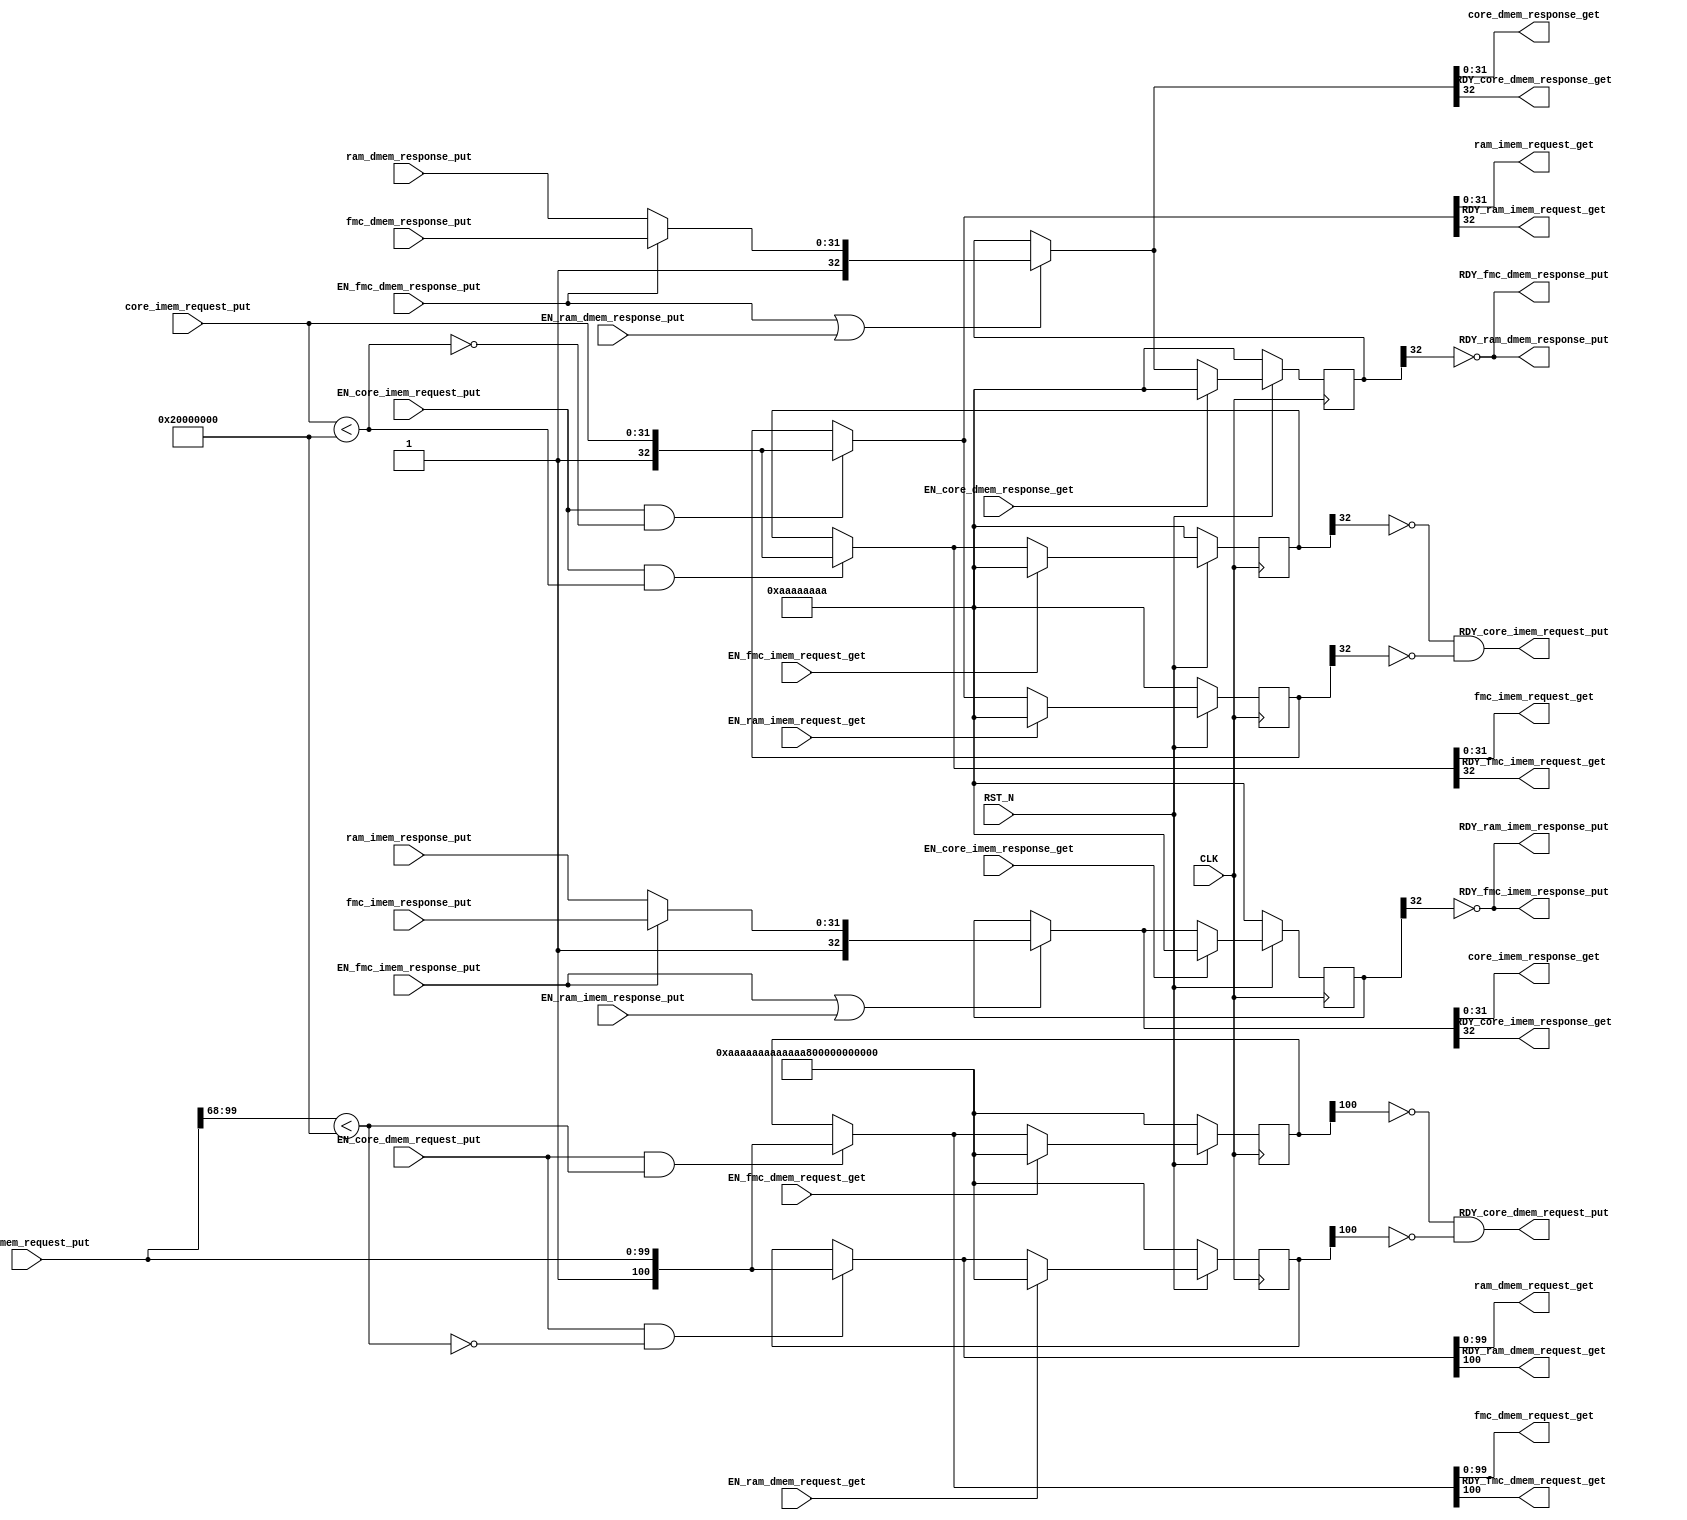
/* Generated by Yosys 0.15 (git sha1 yosys-0.15, gcc 10.3.0 -fPIC -Os) */

(* hdlname = "\\mkLanaiFrontend" *)
(* top =  1  *)
(* src = "bazel-out/k8-fastbuild/bin/lanai/frontend/LanaiFrontend/mkLanaiFrontend.v:93.1-503.10" *)
module mkLanaiFrontend(
`ifdef USE_POWER_PINS
    vccd1,
    vssd1,
`endif
    CLK, RST_N, core_imem_request_put, EN_core_imem_request_put, RDY_core_imem_request_put, EN_core_imem_response_get, core_imem_response_get, RDY_core_imem_response_get, core_dmem_request_put, EN_core_dmem_request_put, RDY_core_dmem_request_put, EN_core_dmem_response_get, core_dmem_response_get, RDY_core_dmem_response_get, EN_fmc_imem_request_get, fmc_imem_request_get, RDY_fmc_imem_request_get, fmc_imem_response_put, EN_fmc_imem_response_put, RDY_fmc_imem_response_put, EN_fmc_dmem_request_get
, fmc_dmem_request_get, RDY_fmc_dmem_request_get, fmc_dmem_response_put, EN_fmc_dmem_response_put, RDY_fmc_dmem_response_put, EN_ram_imem_request_get, ram_imem_request_get, RDY_ram_imem_request_get, ram_imem_response_put, EN_ram_imem_response_put, RDY_ram_imem_response_put, EN_ram_dmem_request_get, ram_dmem_request_get, RDY_ram_dmem_request_get, ram_dmem_response_put, EN_ram_dmem_response_put, RDY_ram_dmem_response_put);
`ifdef USE_POWER_PINS
    inout vccd1;
    inout vssd1;
`endif
  reg \$auto$verilog_backend.cc:2083:dump_module$41  = 0;
  (* src = "bazel-out/k8-fastbuild/bin/lanai/frontend/LanaiFrontend/mkLanaiFrontend.v:453.3-487.6" *)
  reg [100:0] _00_;
  (* src = "bazel-out/k8-fastbuild/bin/lanai/frontend/LanaiFrontend/mkLanaiFrontend.v:453.3-487.6" *)
  reg [100:0] _01_;
  (* src = "bazel-out/k8-fastbuild/bin/lanai/frontend/LanaiFrontend/mkLanaiFrontend.v:453.3-487.6" *)
  reg [32:0] _02_;
  (* src = "bazel-out/k8-fastbuild/bin/lanai/frontend/LanaiFrontend/mkLanaiFrontend.v:453.3-487.6" *)
  reg [32:0] _03_;
  (* src = "bazel-out/k8-fastbuild/bin/lanai/frontend/LanaiFrontend/mkLanaiFrontend.v:453.3-487.6" *)
  reg [32:0] _04_;
  (* src = "bazel-out/k8-fastbuild/bin/lanai/frontend/LanaiFrontend/mkLanaiFrontend.v:453.3-487.6" *)
  reg [32:0] _05_;
  (* src = "bazel-out/k8-fastbuild/bin/lanai/frontend/LanaiFrontend/mkLanaiFrontend.v:455.9-455.22" *)
  wire _06_;
  (* src = "bazel-out/k8-fastbuild/bin/lanai/frontend/LanaiFrontend/mkLanaiFrontend.v:291.7-291.65" *)
  wire _07_;
  (* src = "bazel-out/k8-fastbuild/bin/lanai/frontend/LanaiFrontend/mkLanaiFrontend.v:299.7-299.67" *)
  wire _08_;
  (* src = "bazel-out/k8-fastbuild/bin/lanai/frontend/LanaiFrontend/mkLanaiFrontend.v:345.7-346.48" *)
  wire _09_;
  (* src = "bazel-out/k8-fastbuild/bin/lanai/frontend/LanaiFrontend/mkLanaiFrontend.v:358.7-359.49" *)
  wire _10_;
  (* src = "bazel-out/k8-fastbuild/bin/lanai/frontend/LanaiFrontend/mkLanaiFrontend.v:383.7-384.63" *)
  wire _11_;
  (* src = "bazel-out/k8-fastbuild/bin/lanai/frontend/LanaiFrontend/mkLanaiFrontend.v:394.7-395.64" *)
  wire _12_;
  (* src = "bazel-out/k8-fastbuild/bin/lanai/frontend/LanaiFrontend/mkLanaiFrontend.v:291.7-291.34" *)
  wire _13_;
  (* src = "bazel-out/k8-fastbuild/bin/lanai/frontend/LanaiFrontend/mkLanaiFrontend.v:291.38-291.65" *)
  wire _14_;
  (* src = "bazel-out/k8-fastbuild/bin/lanai/frontend/LanaiFrontend/mkLanaiFrontend.v:299.7-299.35" *)
  wire _15_;
  (* src = "bazel-out/k8-fastbuild/bin/lanai/frontend/LanaiFrontend/mkLanaiFrontend.v:299.39-299.67" *)
  wire _16_;
  (* src = "bazel-out/k8-fastbuild/bin/lanai/frontend/LanaiFrontend/mkLanaiFrontend.v:310.38-310.62" *)
  wire _17_;
  (* src = "bazel-out/k8-fastbuild/bin/lanai/frontend/LanaiFrontend/mkLanaiFrontend.v:317.38-317.62" *)
  wire _18_;
  (* src = "bazel-out/k8-fastbuild/bin/lanai/frontend/LanaiFrontend/mkLanaiFrontend.v:324.38-324.62" *)
  wire _19_;
  (* src = "bazel-out/k8-fastbuild/bin/lanai/frontend/LanaiFrontend/mkLanaiFrontend.v:331.38-331.62" *)
  wire _20_;
  (* src = "bazel-out/k8-fastbuild/bin/lanai/frontend/LanaiFrontend/mkLanaiFrontend.v:359.7-359.49" *)
  wire _21_;
  (* src = "bazel-out/k8-fastbuild/bin/lanai/frontend/LanaiFrontend/mkLanaiFrontend.v:395.7-395.64" *)
  wire _22_;
  (* src = "bazel-out/k8-fastbuild/bin/lanai/frontend/LanaiFrontend/mkLanaiFrontend.v:369.7-369.59" *)
  wire _23_;
  (* src = "bazel-out/k8-fastbuild/bin/lanai/frontend/LanaiFrontend/mkLanaiFrontend.v:407.7-407.59" *)
  wire _24_;
  (* src = "bazel-out/k8-fastbuild/bin/lanai/frontend/LanaiFrontend/mkLanaiFrontend.v:447.7-447.50" *)
  wire _25_;
  (* src = "bazel-out/k8-fastbuild/bin/lanai/frontend/LanaiFrontend/mkLanaiFrontend.v:449.7-449.43" *)
  wire _26_;
  (* src = "bazel-out/k8-fastbuild/bin/lanai/frontend/LanaiFrontend/mkLanaiFrontend.v:350.7-352.31" *)
  wire [32:0] _27_;
  (* src = "bazel-out/k8-fastbuild/bin/lanai/frontend/LanaiFrontend/mkLanaiFrontend.v:354.7-356.43" *)
  wire [32:0] _28_;
  (* src = "bazel-out/k8-fastbuild/bin/lanai/frontend/LanaiFrontend/mkLanaiFrontend.v:361.7-363.31" *)
  wire [32:0] _29_;
  (* src = "bazel-out/k8-fastbuild/bin/lanai/frontend/LanaiFrontend/mkLanaiFrontend.v:365.7-367.43" *)
  wire [32:0] _30_;
  (* src = "bazel-out/k8-fastbuild/bin/lanai/frontend/LanaiFrontend/mkLanaiFrontend.v:371.7-373.54" *)
  wire [32:0] _31_;
  (* src = "bazel-out/k8-fastbuild/bin/lanai/frontend/LanaiFrontend/mkLanaiFrontend.v:375.7-377.28" *)
  wire [32:0] _32_;
  (* src = "bazel-out/k8-fastbuild/bin/lanai/frontend/LanaiFrontend/mkLanaiFrontend.v:379.7-381.40" *)
  wire [32:0] _33_;
  (* src = "bazel-out/k8-fastbuild/bin/lanai/frontend/LanaiFrontend/mkLanaiFrontend.v:386.7-388.31" *)
  wire [100:0] _34_;
  (* src = "bazel-out/k8-fastbuild/bin/lanai/frontend/LanaiFrontend/mkLanaiFrontend.v:390.7-392.43" *)
  wire [100:0] _35_;
  (* src = "bazel-out/k8-fastbuild/bin/lanai/frontend/LanaiFrontend/mkLanaiFrontend.v:399.7-401.31" *)
  wire [100:0] _36_;
  (* src = "bazel-out/k8-fastbuild/bin/lanai/frontend/LanaiFrontend/mkLanaiFrontend.v:403.7-405.43" *)
  wire [100:0] _37_;
  (* src = "bazel-out/k8-fastbuild/bin/lanai/frontend/LanaiFrontend/mkLanaiFrontend.v:409.7-411.54" *)
  wire [32:0] _38_;
  (* src = "bazel-out/k8-fastbuild/bin/lanai/frontend/LanaiFrontend/mkLanaiFrontend.v:413.7-415.28" *)
  wire [32:0] _39_;
  (* src = "bazel-out/k8-fastbuild/bin/lanai/frontend/LanaiFrontend/mkLanaiFrontend.v:417.7-419.40" *)
  wire [32:0] _40_;
  (* src = "bazel-out/k8-fastbuild/bin/lanai/frontend/LanaiFrontend/mkLanaiFrontend.v:143.10-143.13" *)
  input CLK;
  wire CLK;
  (* src = "bazel-out/k8-fastbuild/bin/lanai/frontend/LanaiFrontend/mkLanaiFrontend.v:158.10-158.34" *)
  input EN_core_dmem_request_put;
  wire EN_core_dmem_request_put;
  (* src = "bazel-out/k8-fastbuild/bin/lanai/frontend/LanaiFrontend/mkLanaiFrontend.v:162.10-162.35" *)
  input EN_core_dmem_response_get;
  wire EN_core_dmem_response_get;
  (* src = "bazel-out/k8-fastbuild/bin/lanai/frontend/LanaiFrontend/mkLanaiFrontend.v:148.10-148.34" *)
  input EN_core_imem_request_put;
  wire EN_core_imem_request_put;
  (* src = "bazel-out/k8-fastbuild/bin/lanai/frontend/LanaiFrontend/mkLanaiFrontend.v:152.10-152.35" *)
  input EN_core_imem_response_get;
  wire EN_core_imem_response_get;
  (* src = "bazel-out/k8-fastbuild/bin/lanai/frontend/LanaiFrontend/mkLanaiFrontend.v:177.10-177.33" *)
  input EN_fmc_dmem_request_get;
  wire EN_fmc_dmem_request_get;
  (* src = "bazel-out/k8-fastbuild/bin/lanai/frontend/LanaiFrontend/mkLanaiFrontend.v:183.10-183.34" *)
  input EN_fmc_dmem_response_put;
  wire EN_fmc_dmem_response_put;
  (* src = "bazel-out/k8-fastbuild/bin/lanai/frontend/LanaiFrontend/mkLanaiFrontend.v:167.10-167.33" *)
  input EN_fmc_imem_request_get;
  wire EN_fmc_imem_request_get;
  (* src = "bazel-out/k8-fastbuild/bin/lanai/frontend/LanaiFrontend/mkLanaiFrontend.v:173.10-173.34" *)
  input EN_fmc_imem_response_put;
  wire EN_fmc_imem_response_put;
  (* src = "bazel-out/k8-fastbuild/bin/lanai/frontend/LanaiFrontend/mkLanaiFrontend.v:197.10-197.33" *)
  input EN_ram_dmem_request_get;
  wire EN_ram_dmem_request_get;
  (* src = "bazel-out/k8-fastbuild/bin/lanai/frontend/LanaiFrontend/mkLanaiFrontend.v:203.10-203.34" *)
  input EN_ram_dmem_response_put;
  wire EN_ram_dmem_response_put;
  (* src = "bazel-out/k8-fastbuild/bin/lanai/frontend/LanaiFrontend/mkLanaiFrontend.v:187.10-187.33" *)
  input EN_ram_imem_request_get;
  wire EN_ram_imem_request_get;
  (* src = "bazel-out/k8-fastbuild/bin/lanai/frontend/LanaiFrontend/mkLanaiFrontend.v:193.10-193.34" *)
  input EN_ram_imem_response_put;
  wire EN_ram_imem_response_put;
  (* src = "bazel-out/k8-fastbuild/bin/lanai/frontend/LanaiFrontend/mkLanaiFrontend.v:280.17-280.62" *)
  wire [32:0] \MUX_forkDMem_fifoRes_rv$port0__write_1__VAL_1 ;
  (* src = "bazel-out/k8-fastbuild/bin/lanai/frontend/LanaiFrontend/mkLanaiFrontend.v:281.3-281.48" *)
  wire [32:0] \MUX_forkDMem_fifoRes_rv$port0__write_1__VAL_2 ;
  (* src = "bazel-out/k8-fastbuild/bin/lanai/frontend/LanaiFrontend/mkLanaiFrontend.v:282.3-282.48" *)
  wire [32:0] \MUX_forkIMem_fifoRes_rv$port0__write_1__VAL_1 ;
  (* src = "bazel-out/k8-fastbuild/bin/lanai/frontend/LanaiFrontend/mkLanaiFrontend.v:283.3-283.48" *)
  wire [32:0] \MUX_forkIMem_fifoRes_rv$port0__write_1__VAL_2 ;
  (* src = "bazel-out/k8-fastbuild/bin/lanai/frontend/LanaiFrontend/mkLanaiFrontend.v:159.10-159.35" *)
  output RDY_core_dmem_request_put;
  wire RDY_core_dmem_request_put;
  (* src = "bazel-out/k8-fastbuild/bin/lanai/frontend/LanaiFrontend/mkLanaiFrontend.v:164.10-164.36" *)
  output RDY_core_dmem_response_get;
  wire RDY_core_dmem_response_get;
  (* src = "bazel-out/k8-fastbuild/bin/lanai/frontend/LanaiFrontend/mkLanaiFrontend.v:149.10-149.35" *)
  output RDY_core_imem_request_put;
  wire RDY_core_imem_request_put;
  (* src = "bazel-out/k8-fastbuild/bin/lanai/frontend/LanaiFrontend/mkLanaiFrontend.v:154.10-154.36" *)
  output RDY_core_imem_response_get;
  wire RDY_core_imem_response_get;
  (* src = "bazel-out/k8-fastbuild/bin/lanai/frontend/LanaiFrontend/mkLanaiFrontend.v:179.10-179.34" *)
  output RDY_fmc_dmem_request_get;
  wire RDY_fmc_dmem_request_get;
  (* src = "bazel-out/k8-fastbuild/bin/lanai/frontend/LanaiFrontend/mkLanaiFrontend.v:184.10-184.35" *)
  output RDY_fmc_dmem_response_put;
  wire RDY_fmc_dmem_response_put;
  (* src = "bazel-out/k8-fastbuild/bin/lanai/frontend/LanaiFrontend/mkLanaiFrontend.v:169.10-169.34" *)
  output RDY_fmc_imem_request_get;
  wire RDY_fmc_imem_request_get;
  (* src = "bazel-out/k8-fastbuild/bin/lanai/frontend/LanaiFrontend/mkLanaiFrontend.v:174.10-174.35" *)
  output RDY_fmc_imem_response_put;
  wire RDY_fmc_imem_response_put;
  (* src = "bazel-out/k8-fastbuild/bin/lanai/frontend/LanaiFrontend/mkLanaiFrontend.v:199.10-199.34" *)
  output RDY_ram_dmem_request_get;
  wire RDY_ram_dmem_request_get;
  (* src = "bazel-out/k8-fastbuild/bin/lanai/frontend/LanaiFrontend/mkLanaiFrontend.v:204.10-204.35" *)
  output RDY_ram_dmem_response_put;
  wire RDY_ram_dmem_response_put;
  (* src = "bazel-out/k8-fastbuild/bin/lanai/frontend/LanaiFrontend/mkLanaiFrontend.v:189.10-189.34" *)
  output RDY_ram_imem_request_get;
  wire RDY_ram_imem_request_get;
  (* src = "bazel-out/k8-fastbuild/bin/lanai/frontend/LanaiFrontend/mkLanaiFrontend.v:194.10-194.35" *)
  output RDY_ram_imem_response_put;
  wire RDY_ram_imem_response_put;
  (* src = "bazel-out/k8-fastbuild/bin/lanai/frontend/LanaiFrontend/mkLanaiFrontend.v:144.10-144.15" *)
  input RST_N;
  wire RST_N;
  (* src = "bazel-out/k8-fastbuild/bin/lanai/frontend/LanaiFrontend/mkLanaiFrontend.v:157.19-157.40" *)
  input [99:0] core_dmem_request_put;
  wire [99:0] core_dmem_request_put;
  (* src = "bazel-out/k8-fastbuild/bin/lanai/frontend/LanaiFrontend/mkLanaiFrontend.v:286.8-286.64" *)
  wire core_dmem_request_put_BITS_99_TO_68_4_ULT_0x20_ETC___d15;
  (* src = "bazel-out/k8-fastbuild/bin/lanai/frontend/LanaiFrontend/mkLanaiFrontend.v:163.19-163.41" *)
  output [31:0] core_dmem_response_get;
  wire [31:0] core_dmem_response_get;
  (* src = "bazel-out/k8-fastbuild/bin/lanai/frontend/LanaiFrontend/mkLanaiFrontend.v:147.19-147.40" *)
  input [31:0] core_imem_request_put;
  wire [31:0] core_imem_request_put;
  (* src = "bazel-out/k8-fastbuild/bin/lanai/frontend/LanaiFrontend/mkLanaiFrontend.v:287.8-287.49" *)
  wire core_imem_request_put_ULT_0x20000000___d1;
  (* src = "bazel-out/k8-fastbuild/bin/lanai/frontend/LanaiFrontend/mkLanaiFrontend.v:153.19-153.41" *)
  output [31:0] core_imem_response_get;
  wire [31:0] core_imem_response_get;
  (* src = "bazel-out/k8-fastbuild/bin/lanai/frontend/LanaiFrontend/mkLanaiFrontend.v:178.19-178.39" *)
  output [99:0] fmc_dmem_request_get;
  wire [99:0] fmc_dmem_request_get;
  (* src = "bazel-out/k8-fastbuild/bin/lanai/frontend/LanaiFrontend/mkLanaiFrontend.v:182.19-182.40" *)
  input [31:0] fmc_dmem_response_put;
  wire [31:0] fmc_dmem_response_put;
  (* src = "bazel-out/k8-fastbuild/bin/lanai/frontend/LanaiFrontend/mkLanaiFrontend.v:168.19-168.39" *)
  output [31:0] fmc_imem_request_get;
  wire [31:0] fmc_imem_request_get;
  (* src = "bazel-out/k8-fastbuild/bin/lanai/frontend/LanaiFrontend/mkLanaiFrontend.v:172.19-172.40" *)
  input [31:0] fmc_imem_response_put;
  wire [31:0] fmc_imem_response_put;
  (* src = "bazel-out/k8-fastbuild/bin/lanai/frontend/LanaiFrontend/mkLanaiFrontend.v:250.17-250.39" *)
  reg [100:0] forkDMem_fifoReqFMC_rv;
  (* src = "bazel-out/k8-fastbuild/bin/lanai/frontend/LanaiFrontend/mkLanaiFrontend.v:251.18-251.45" *)
  wire [100:0] \forkDMem_fifoReqFMC_rv$D_IN ;
  (* src = "bazel-out/k8-fastbuild/bin/lanai/frontend/LanaiFrontend/mkLanaiFrontend.v:252.8-252.33" *)
  wire \forkDMem_fifoReqFMC_rv$EN ;
  (* src = "bazel-out/k8-fastbuild/bin/lanai/frontend/LanaiFrontend/mkLanaiFrontend.v:242.8-242.46" *)
  wire \forkDMem_fifoReqFMC_rv$EN_port0__write ;
  (* src = "bazel-out/k8-fastbuild/bin/lanai/frontend/LanaiFrontend/mkLanaiFrontend.v:226.18-226.52" *)
  wire [100:0] \forkDMem_fifoReqFMC_rv$port1__read ;
  (* src = "bazel-out/k8-fastbuild/bin/lanai/frontend/LanaiFrontend/mkLanaiFrontend.v:227.4-227.38" *)
  wire [100:0] \forkDMem_fifoReqFMC_rv$port2__read ;
  (* src = "bazel-out/k8-fastbuild/bin/lanai/frontend/LanaiFrontend/mkLanaiFrontend.v:255.17-255.39" *)
  reg [100:0] forkDMem_fifoReqRAM_rv;
  (* src = "bazel-out/k8-fastbuild/bin/lanai/frontend/LanaiFrontend/mkLanaiFrontend.v:256.18-256.45" *)
  wire [100:0] \forkDMem_fifoReqRAM_rv$D_IN ;
  (* src = "bazel-out/k8-fastbuild/bin/lanai/frontend/LanaiFrontend/mkLanaiFrontend.v:257.8-257.33" *)
  wire \forkDMem_fifoReqRAM_rv$EN ;
  (* src = "bazel-out/k8-fastbuild/bin/lanai/frontend/LanaiFrontend/mkLanaiFrontend.v:243.8-243.46" *)
  wire \forkDMem_fifoReqRAM_rv$EN_port0__write ;
  (* src = "bazel-out/k8-fastbuild/bin/lanai/frontend/LanaiFrontend/mkLanaiFrontend.v:228.4-228.41" *)
  wire [100:0] \forkDMem_fifoReqRAM_rv$port0__write_1 ;
  (* src = "bazel-out/k8-fastbuild/bin/lanai/frontend/LanaiFrontend/mkLanaiFrontend.v:229.4-229.38" *)
  wire [100:0] \forkDMem_fifoReqRAM_rv$port1__read ;
  (* src = "bazel-out/k8-fastbuild/bin/lanai/frontend/LanaiFrontend/mkLanaiFrontend.v:230.4-230.38" *)
  wire [100:0] \forkDMem_fifoReqRAM_rv$port2__read ;
  (* src = "bazel-out/k8-fastbuild/bin/lanai/frontend/LanaiFrontend/mkLanaiFrontend.v:260.16-260.35" *)
  reg [32:0] forkDMem_fifoRes_rv;
  (* src = "bazel-out/k8-fastbuild/bin/lanai/frontend/LanaiFrontend/mkLanaiFrontend.v:261.17-261.41" *)
  wire [32:0] \forkDMem_fifoRes_rv$D_IN ;
  (* src = "bazel-out/k8-fastbuild/bin/lanai/frontend/LanaiFrontend/mkLanaiFrontend.v:262.8-262.30" *)
  wire \forkDMem_fifoRes_rv$EN ;
  (* src = "bazel-out/k8-fastbuild/bin/lanai/frontend/LanaiFrontend/mkLanaiFrontend.v:244.8-244.43" *)
  wire \forkDMem_fifoRes_rv$EN_port0__write ;
  (* src = "bazel-out/k8-fastbuild/bin/lanai/frontend/LanaiFrontend/mkLanaiFrontend.v:231.17-231.51" *)
  wire [32:0] \forkDMem_fifoRes_rv$port0__write_1 ;
  (* src = "bazel-out/k8-fastbuild/bin/lanai/frontend/LanaiFrontend/mkLanaiFrontend.v:232.3-232.34" *)
  wire [32:0] \forkDMem_fifoRes_rv$port1__read ;
  (* src = "bazel-out/k8-fastbuild/bin/lanai/frontend/LanaiFrontend/mkLanaiFrontend.v:233.3-233.34" *)
  wire [32:0] \forkDMem_fifoRes_rv$port2__read ;
  (* src = "bazel-out/k8-fastbuild/bin/lanai/frontend/LanaiFrontend/mkLanaiFrontend.v:265.16-265.38" *)
  reg [32:0] forkIMem_fifoReqFMC_rv;
  (* src = "bazel-out/k8-fastbuild/bin/lanai/frontend/LanaiFrontend/mkLanaiFrontend.v:266.17-266.44" *)
  wire [32:0] \forkIMem_fifoReqFMC_rv$D_IN ;
  (* src = "bazel-out/k8-fastbuild/bin/lanai/frontend/LanaiFrontend/mkLanaiFrontend.v:267.8-267.33" *)
  wire \forkIMem_fifoReqFMC_rv$EN ;
  (* src = "bazel-out/k8-fastbuild/bin/lanai/frontend/LanaiFrontend/mkLanaiFrontend.v:245.8-245.46" *)
  wire \forkIMem_fifoReqFMC_rv$EN_port0__write ;
  (* src = "bazel-out/k8-fastbuild/bin/lanai/frontend/LanaiFrontend/mkLanaiFrontend.v:234.3-234.40" *)
  wire [32:0] \forkIMem_fifoReqFMC_rv$port0__write_1 ;
  (* src = "bazel-out/k8-fastbuild/bin/lanai/frontend/LanaiFrontend/mkLanaiFrontend.v:235.3-235.37" *)
  wire [32:0] \forkIMem_fifoReqFMC_rv$port1__read ;
  (* src = "bazel-out/k8-fastbuild/bin/lanai/frontend/LanaiFrontend/mkLanaiFrontend.v:236.3-236.37" *)
  wire [32:0] \forkIMem_fifoReqFMC_rv$port2__read ;
  (* src = "bazel-out/k8-fastbuild/bin/lanai/frontend/LanaiFrontend/mkLanaiFrontend.v:270.16-270.38" *)
  reg [32:0] forkIMem_fifoReqRAM_rv;
  (* src = "bazel-out/k8-fastbuild/bin/lanai/frontend/LanaiFrontend/mkLanaiFrontend.v:271.17-271.44" *)
  wire [32:0] \forkIMem_fifoReqRAM_rv$D_IN ;
  (* src = "bazel-out/k8-fastbuild/bin/lanai/frontend/LanaiFrontend/mkLanaiFrontend.v:272.8-272.33" *)
  wire \forkIMem_fifoReqRAM_rv$EN ;
  (* src = "bazel-out/k8-fastbuild/bin/lanai/frontend/LanaiFrontend/mkLanaiFrontend.v:246.8-246.46" *)
  wire \forkIMem_fifoReqRAM_rv$EN_port0__write ;
  (* src = "bazel-out/k8-fastbuild/bin/lanai/frontend/LanaiFrontend/mkLanaiFrontend.v:237.3-237.37" *)
  wire [32:0] \forkIMem_fifoReqRAM_rv$port1__read ;
  (* src = "bazel-out/k8-fastbuild/bin/lanai/frontend/LanaiFrontend/mkLanaiFrontend.v:238.3-238.37" *)
  wire [32:0] \forkIMem_fifoReqRAM_rv$port2__read ;
  (* src = "bazel-out/k8-fastbuild/bin/lanai/frontend/LanaiFrontend/mkLanaiFrontend.v:275.16-275.35" *)
  reg [32:0] forkIMem_fifoRes_rv;
  (* src = "bazel-out/k8-fastbuild/bin/lanai/frontend/LanaiFrontend/mkLanaiFrontend.v:276.17-276.41" *)
  wire [32:0] \forkIMem_fifoRes_rv$D_IN ;
  (* src = "bazel-out/k8-fastbuild/bin/lanai/frontend/LanaiFrontend/mkLanaiFrontend.v:277.8-277.30" *)
  wire \forkIMem_fifoRes_rv$EN ;
  (* src = "bazel-out/k8-fastbuild/bin/lanai/frontend/LanaiFrontend/mkLanaiFrontend.v:247.8-247.43" *)
  wire \forkIMem_fifoRes_rv$EN_port0__write ;
  (* src = "bazel-out/k8-fastbuild/bin/lanai/frontend/LanaiFrontend/mkLanaiFrontend.v:239.3-239.37" *)
  wire [32:0] \forkIMem_fifoRes_rv$port0__write_1 ;
  (* src = "bazel-out/k8-fastbuild/bin/lanai/frontend/LanaiFrontend/mkLanaiFrontend.v:240.3-240.34" *)
  wire [32:0] \forkIMem_fifoRes_rv$port1__read ;
  (* src = "bazel-out/k8-fastbuild/bin/lanai/frontend/LanaiFrontend/mkLanaiFrontend.v:241.3-241.34" *)
  wire [32:0] \forkIMem_fifoRes_rv$port2__read ;
  (* src = "bazel-out/k8-fastbuild/bin/lanai/frontend/LanaiFrontend/mkLanaiFrontend.v:198.19-198.39" *)
  output [99:0] ram_dmem_request_get;
  wire [99:0] ram_dmem_request_get;
  (* src = "bazel-out/k8-fastbuild/bin/lanai/frontend/LanaiFrontend/mkLanaiFrontend.v:202.19-202.40" *)
  input [31:0] ram_dmem_response_put;
  wire [31:0] ram_dmem_response_put;
  (* src = "bazel-out/k8-fastbuild/bin/lanai/frontend/LanaiFrontend/mkLanaiFrontend.v:188.19-188.39" *)
  output [31:0] ram_imem_request_get;
  wire [31:0] ram_imem_request_get;
  (* src = "bazel-out/k8-fastbuild/bin/lanai/frontend/LanaiFrontend/mkLanaiFrontend.v:192.19-192.40" *)
  input [31:0] ram_imem_response_put;
  wire [31:0] ram_imem_response_put;
  assign _06_ = RST_N == (* src = "bazel-out/k8-fastbuild/bin/lanai/frontend/LanaiFrontend/mkLanaiFrontend.v:455.9-455.22" *) 1'h0;
  assign _07_ = _13_ && (* src = "bazel-out/k8-fastbuild/bin/lanai/frontend/LanaiFrontend/mkLanaiFrontend.v:291.7-291.65" *) _14_;
  assign _08_ = _15_ && (* src = "bazel-out/k8-fastbuild/bin/lanai/frontend/LanaiFrontend/mkLanaiFrontend.v:299.7-299.67" *) _16_;
  assign _09_ = EN_core_imem_request_put && (* src = "bazel-out/k8-fastbuild/bin/lanai/frontend/LanaiFrontend/mkLanaiFrontend.v:345.7-346.48" *) core_imem_request_put_ULT_0x20000000___d1;
  assign _10_ = EN_core_imem_request_put && (* src = "bazel-out/k8-fastbuild/bin/lanai/frontend/LanaiFrontend/mkLanaiFrontend.v:358.7-359.49" *) _21_;
  assign _11_ = EN_core_dmem_request_put && (* src = "bazel-out/k8-fastbuild/bin/lanai/frontend/LanaiFrontend/mkLanaiFrontend.v:383.7-384.63" *) core_dmem_request_put_BITS_99_TO_68_4_ULT_0x20_ETC___d15;
  assign _12_ = EN_core_dmem_request_put && (* src = "bazel-out/k8-fastbuild/bin/lanai/frontend/LanaiFrontend/mkLanaiFrontend.v:394.7-395.64" *) _22_;
  assign _13_ = ! (* src = "bazel-out/k8-fastbuild/bin/lanai/frontend/LanaiFrontend/mkLanaiFrontend.v:291.7-291.34" *) forkIMem_fifoReqFMC_rv[32];
  assign _14_ = ! (* src = "bazel-out/k8-fastbuild/bin/lanai/frontend/LanaiFrontend/mkLanaiFrontend.v:291.38-291.65" *) forkIMem_fifoReqRAM_rv[32];
  assign _15_ = ! (* src = "bazel-out/k8-fastbuild/bin/lanai/frontend/LanaiFrontend/mkLanaiFrontend.v:299.7-299.35" *) forkDMem_fifoReqFMC_rv[100];
  assign _16_ = ! (* src = "bazel-out/k8-fastbuild/bin/lanai/frontend/LanaiFrontend/mkLanaiFrontend.v:299.39-299.67" *) forkDMem_fifoReqRAM_rv[100];
  assign _17_ = ! (* src = "bazel-out/k8-fastbuild/bin/lanai/frontend/LanaiFrontend/mkLanaiFrontend.v:310.38-310.62" *) forkIMem_fifoRes_rv[32];
  assign _18_ = ! (* src = "bazel-out/k8-fastbuild/bin/lanai/frontend/LanaiFrontend/mkLanaiFrontend.v:317.38-317.62" *) forkDMem_fifoRes_rv[32];
  assign _19_ = ! (* src = "bazel-out/k8-fastbuild/bin/lanai/frontend/LanaiFrontend/mkLanaiFrontend.v:324.38-324.62" *) forkIMem_fifoRes_rv[32];
  assign _20_ = ! (* src = "bazel-out/k8-fastbuild/bin/lanai/frontend/LanaiFrontend/mkLanaiFrontend.v:331.38-331.62" *) forkDMem_fifoRes_rv[32];
  assign _21_ = ! (* src = "bazel-out/k8-fastbuild/bin/lanai/frontend/LanaiFrontend/mkLanaiFrontend.v:359.7-359.49" *) core_imem_request_put_ULT_0x20000000___d1;
  assign _22_ = ! (* src = "bazel-out/k8-fastbuild/bin/lanai/frontend/LanaiFrontend/mkLanaiFrontend.v:395.7-395.64" *) core_dmem_request_put_BITS_99_TO_68_4_ULT_0x20_ETC___d15;
  assign _23_ = EN_fmc_imem_response_put || (* src = "bazel-out/k8-fastbuild/bin/lanai/frontend/LanaiFrontend/mkLanaiFrontend.v:369.7-369.59" *) EN_ram_imem_response_put;
  assign _24_ = EN_fmc_dmem_response_put || (* src = "bazel-out/k8-fastbuild/bin/lanai/frontend/LanaiFrontend/mkLanaiFrontend.v:407.7-407.59" *) EN_ram_dmem_response_put;
  assign _25_ = core_dmem_request_put[99:68] < (* src = "bazel-out/k8-fastbuild/bin/lanai/frontend/LanaiFrontend/mkLanaiFrontend.v:447.7-447.50" *) 32'd536870912;
  assign _26_ = core_imem_request_put < (* src = "bazel-out/k8-fastbuild/bin/lanai/frontend/LanaiFrontend/mkLanaiFrontend.v:449.7-449.43" *) 32'd536870912;
  assign _27_ = \forkIMem_fifoReqFMC_rv$EN_port0__write  ? (* src = "bazel-out/k8-fastbuild/bin/lanai/frontend/LanaiFrontend/mkLanaiFrontend.v:350.7-352.31" *) \forkIMem_fifoReqFMC_rv$port0__write_1  : forkIMem_fifoReqFMC_rv;
  assign _28_ = EN_fmc_imem_request_get ? (* src = "bazel-out/k8-fastbuild/bin/lanai/frontend/LanaiFrontend/mkLanaiFrontend.v:354.7-356.43" *) 33'h0aaaaaaaa : \forkIMem_fifoReqFMC_rv$port1__read ;
  assign _29_ = \forkIMem_fifoReqRAM_rv$EN_port0__write  ? (* src = "bazel-out/k8-fastbuild/bin/lanai/frontend/LanaiFrontend/mkLanaiFrontend.v:361.7-363.31" *) \forkIMem_fifoReqFMC_rv$port0__write_1  : forkIMem_fifoReqRAM_rv;
  assign _30_ = EN_ram_imem_request_get ? (* src = "bazel-out/k8-fastbuild/bin/lanai/frontend/LanaiFrontend/mkLanaiFrontend.v:365.7-367.43" *) 33'h0aaaaaaaa : \forkIMem_fifoReqRAM_rv$port1__read ;
  assign _31_ = EN_fmc_imem_response_put ? (* src = "bazel-out/k8-fastbuild/bin/lanai/frontend/LanaiFrontend/mkLanaiFrontend.v:371.7-373.54" *) \MUX_forkIMem_fifoRes_rv$port0__write_1__VAL_1  : \MUX_forkIMem_fifoRes_rv$port0__write_1__VAL_2 ;
  assign _32_ = \forkIMem_fifoRes_rv$EN_port0__write  ? (* src = "bazel-out/k8-fastbuild/bin/lanai/frontend/LanaiFrontend/mkLanaiFrontend.v:375.7-377.28" *) \forkIMem_fifoRes_rv$port0__write_1  : forkIMem_fifoRes_rv;
  assign _33_ = EN_core_imem_response_get ? (* src = "bazel-out/k8-fastbuild/bin/lanai/frontend/LanaiFrontend/mkLanaiFrontend.v:379.7-381.40" *) 33'h0aaaaaaaa : \forkIMem_fifoRes_rv$port1__read ;
  assign _34_ = \forkDMem_fifoReqFMC_rv$EN_port0__write  ? (* src = "bazel-out/k8-fastbuild/bin/lanai/frontend/LanaiFrontend/mkLanaiFrontend.v:386.7-388.31" *) \forkDMem_fifoReqRAM_rv$port0__write_1  : forkDMem_fifoReqFMC_rv;
  assign _35_ = EN_fmc_dmem_request_get ? (* src = "bazel-out/k8-fastbuild/bin/lanai/frontend/LanaiFrontend/mkLanaiFrontend.v:390.7-392.43" *) 101'h0aaaaaaaaaaaaaaaaaaaaaaaaa : \forkDMem_fifoReqFMC_rv$port1__read ;
  assign _36_ = \forkDMem_fifoReqRAM_rv$EN_port0__write  ? (* src = "bazel-out/k8-fastbuild/bin/lanai/frontend/LanaiFrontend/mkLanaiFrontend.v:399.7-401.31" *) \forkDMem_fifoReqRAM_rv$port0__write_1  : forkDMem_fifoReqRAM_rv;
  assign _37_ = EN_ram_dmem_request_get ? (* src = "bazel-out/k8-fastbuild/bin/lanai/frontend/LanaiFrontend/mkLanaiFrontend.v:403.7-405.43" *) 101'h0aaaaaaaaaaaaaaaaaaaaaaaaa : \forkDMem_fifoReqRAM_rv$port1__read ;
  assign _38_ = EN_fmc_dmem_response_put ? (* src = "bazel-out/k8-fastbuild/bin/lanai/frontend/LanaiFrontend/mkLanaiFrontend.v:409.7-411.54" *) \MUX_forkDMem_fifoRes_rv$port0__write_1__VAL_1  : \MUX_forkDMem_fifoRes_rv$port0__write_1__VAL_2 ;
  assign _39_ = \forkDMem_fifoRes_rv$EN_port0__write  ? (* src = "bazel-out/k8-fastbuild/bin/lanai/frontend/LanaiFrontend/mkLanaiFrontend.v:413.7-415.28" *) \forkDMem_fifoRes_rv$port0__write_1  : forkDMem_fifoRes_rv;
  assign _40_ = EN_core_dmem_response_get ? (* src = "bazel-out/k8-fastbuild/bin/lanai/frontend/LanaiFrontend/mkLanaiFrontend.v:417.7-419.40" *) 33'h0aaaaaaaa : \forkDMem_fifoRes_rv$port1__read ;
  always @* begin
    if (\$auto$verilog_backend.cc:2083:dump_module$41 ) begin end
    _00_ = forkDMem_fifoReqFMC_rv;
    _01_ = forkDMem_fifoReqRAM_rv;
    _02_ = forkDMem_fifoRes_rv;
    _03_ = forkIMem_fifoReqFMC_rv;
    _04_ = forkIMem_fifoReqRAM_rv;
    _05_ = forkIMem_fifoRes_rv;
    (* src = "bazel-out/k8-fastbuild/bin/lanai/frontend/LanaiFrontend/mkLanaiFrontend.v:455.5-486.10" *)
    casez (_06_)
      /* src = "bazel-out/k8-fastbuild/bin/lanai/frontend/LanaiFrontend/mkLanaiFrontend.v:455.9-455.22" */
      1'h1:
        begin
          _00_ = 101'h0aaaaaaaaaaaaaaaaaaaaaaaaa;
          _01_ = 101'h0aaaaaaaaaaaaaaaaaaaaaaaaa;
          _02_ = 33'h0aaaaaaaa;
          _03_ = 33'h0aaaaaaaa;
          _04_ = 33'h0aaaaaaaa;
          _05_ = 33'h0aaaaaaaa;
        end
      /* src = "bazel-out/k8-fastbuild/bin/lanai/frontend/LanaiFrontend/mkLanaiFrontend.v:466.5-466.9" */
      default:
        begin
          (* src = "bazel-out/k8-fastbuild/bin/lanai/frontend/LanaiFrontend/mkLanaiFrontend.v:468.9-470.36" *)
          casez (\forkDMem_fifoReqFMC_rv$EN )
            /* src = "bazel-out/k8-fastbuild/bin/lanai/frontend/LanaiFrontend/mkLanaiFrontend.v:468.13-468.38" */
            1'h1:
                _00_ = \forkDMem_fifoReqFMC_rv$D_IN ;
            default:
                /* empty */;
          endcase
          (* src = "bazel-out/k8-fastbuild/bin/lanai/frontend/LanaiFrontend/mkLanaiFrontend.v:471.2-473.36" *)
          casez (\forkDMem_fifoReqRAM_rv$EN )
            /* src = "bazel-out/k8-fastbuild/bin/lanai/frontend/LanaiFrontend/mkLanaiFrontend.v:471.6-471.31" */
            1'h1:
                _01_ = \forkDMem_fifoReqRAM_rv$D_IN ;
            default:
                /* empty */;
          endcase
          (* src = "bazel-out/k8-fastbuild/bin/lanai/frontend/LanaiFrontend/mkLanaiFrontend.v:474.2-476.33" *)
          casez (\forkDMem_fifoRes_rv$EN )
            /* src = "bazel-out/k8-fastbuild/bin/lanai/frontend/LanaiFrontend/mkLanaiFrontend.v:474.6-474.28" */
            1'h1:
                _02_ = \forkDMem_fifoRes_rv$D_IN ;
            default:
                /* empty */;
          endcase
          (* src = "bazel-out/k8-fastbuild/bin/lanai/frontend/LanaiFrontend/mkLanaiFrontend.v:477.2-479.36" *)
          casez (\forkIMem_fifoReqFMC_rv$EN )
            /* src = "bazel-out/k8-fastbuild/bin/lanai/frontend/LanaiFrontend/mkLanaiFrontend.v:477.6-477.31" */
            1'h1:
                _03_ = \forkIMem_fifoReqFMC_rv$D_IN ;
            default:
                /* empty */;
          endcase
          (* src = "bazel-out/k8-fastbuild/bin/lanai/frontend/LanaiFrontend/mkLanaiFrontend.v:480.2-482.36" *)
          casez (\forkIMem_fifoReqRAM_rv$EN )
            /* src = "bazel-out/k8-fastbuild/bin/lanai/frontend/LanaiFrontend/mkLanaiFrontend.v:480.6-480.31" */
            1'h1:
                _04_ = \forkIMem_fifoReqRAM_rv$D_IN ;
            default:
                /* empty */;
          endcase
          (* src = "bazel-out/k8-fastbuild/bin/lanai/frontend/LanaiFrontend/mkLanaiFrontend.v:483.2-485.33" *)
          casez (\forkIMem_fifoRes_rv$EN )
            /* src = "bazel-out/k8-fastbuild/bin/lanai/frontend/LanaiFrontend/mkLanaiFrontend.v:483.6-483.28" */
            1'h1:
                _05_ = \forkIMem_fifoRes_rv$D_IN ;
            default:
                /* empty */;
          endcase
        end
    endcase
  end
  always @(posedge CLK) begin
      forkDMem_fifoReqFMC_rv <= _00_;
      forkDMem_fifoReqRAM_rv <= _01_;
      forkDMem_fifoRes_rv <= _02_;
      forkIMem_fifoReqFMC_rv <= _03_;
      forkIMem_fifoReqRAM_rv <= _04_;
      forkIMem_fifoRes_rv <= _05_;
  end
  assign RDY_core_imem_request_put = _07_;
  assign core_imem_response_get = \forkIMem_fifoRes_rv$port1__read [31:0];
  assign RDY_core_imem_response_get = \forkIMem_fifoRes_rv$port1__read [32];
  assign RDY_core_dmem_request_put = _08_;
  assign core_dmem_response_get = \forkDMem_fifoRes_rv$port1__read [31:0];
  assign RDY_core_dmem_response_get = \forkDMem_fifoRes_rv$port1__read [32];
  assign fmc_imem_request_get = \forkIMem_fifoReqFMC_rv$port1__read [31:0];
  assign RDY_fmc_imem_request_get = \forkIMem_fifoReqFMC_rv$port1__read [32];
  assign RDY_fmc_imem_response_put = _17_;
  assign fmc_dmem_request_get = \forkDMem_fifoReqFMC_rv$port1__read [99:0];
  assign RDY_fmc_dmem_request_get = \forkDMem_fifoReqFMC_rv$port1__read [100];
  assign RDY_fmc_dmem_response_put = _18_;
  assign ram_imem_request_get = \forkIMem_fifoReqRAM_rv$port1__read [31:0];
  assign RDY_ram_imem_request_get = \forkIMem_fifoReqRAM_rv$port1__read [32];
  assign RDY_ram_imem_response_put = _19_;
  assign ram_dmem_request_get = \forkDMem_fifoReqRAM_rv$port1__read [99:0];
  assign RDY_ram_dmem_request_get = \forkDMem_fifoReqRAM_rv$port1__read [100];
  assign RDY_ram_dmem_response_put = _20_;
  assign \MUX_forkDMem_fifoRes_rv$port0__write_1__VAL_1  = { 1'h1, fmc_dmem_response_put };
  assign \MUX_forkDMem_fifoRes_rv$port0__write_1__VAL_2  = { 1'h1, ram_dmem_response_put };
  assign \MUX_forkIMem_fifoRes_rv$port0__write_1__VAL_1  = { 1'h1, fmc_imem_response_put };
  assign \MUX_forkIMem_fifoRes_rv$port0__write_1__VAL_2  = { 1'h1, ram_imem_response_put };
  assign \forkIMem_fifoReqFMC_rv$EN_port0__write  = _09_;
  assign \forkIMem_fifoReqFMC_rv$port0__write_1  = { 1'h1, core_imem_request_put };
  assign \forkIMem_fifoReqFMC_rv$port1__read  = _27_;
  assign \forkIMem_fifoReqFMC_rv$port2__read  = _28_;
  assign \forkIMem_fifoReqRAM_rv$EN_port0__write  = _10_;
  assign \forkIMem_fifoReqRAM_rv$port1__read  = _29_;
  assign \forkIMem_fifoReqRAM_rv$port2__read  = _30_;
  assign \forkIMem_fifoRes_rv$EN_port0__write  = _23_;
  assign \forkIMem_fifoRes_rv$port0__write_1  = _31_;
  assign \forkIMem_fifoRes_rv$port1__read  = _32_;
  assign \forkIMem_fifoRes_rv$port2__read  = _33_;
  assign \forkDMem_fifoReqFMC_rv$EN_port0__write  = _11_;
  assign \forkDMem_fifoReqFMC_rv$port1__read  = _34_;
  assign \forkDMem_fifoReqFMC_rv$port2__read  = _35_;
  assign \forkDMem_fifoReqRAM_rv$EN_port0__write  = _12_;
  assign \forkDMem_fifoReqRAM_rv$port0__write_1  = { 1'h1, core_dmem_request_put };
  assign \forkDMem_fifoReqRAM_rv$port1__read  = _36_;
  assign \forkDMem_fifoReqRAM_rv$port2__read  = _37_;
  assign \forkDMem_fifoRes_rv$EN_port0__write  = _24_;
  assign \forkDMem_fifoRes_rv$port0__write_1  = _38_;
  assign \forkDMem_fifoRes_rv$port1__read  = _39_;
  assign \forkDMem_fifoRes_rv$port2__read  = _40_;
  assign \forkDMem_fifoReqFMC_rv$D_IN  = \forkDMem_fifoReqFMC_rv$port2__read ;
  assign \forkDMem_fifoReqFMC_rv$EN  = 1'h1;
  assign \forkDMem_fifoReqRAM_rv$D_IN  = \forkDMem_fifoReqRAM_rv$port2__read ;
  assign \forkDMem_fifoReqRAM_rv$EN  = 1'h1;
  assign \forkDMem_fifoRes_rv$D_IN  = \forkDMem_fifoRes_rv$port2__read ;
  assign \forkDMem_fifoRes_rv$EN  = 1'h1;
  assign \forkIMem_fifoReqFMC_rv$D_IN  = \forkIMem_fifoReqFMC_rv$port2__read ;
  assign \forkIMem_fifoReqFMC_rv$EN  = 1'h1;
  assign \forkIMem_fifoReqRAM_rv$D_IN  = \forkIMem_fifoReqRAM_rv$port2__read ;
  assign \forkIMem_fifoReqRAM_rv$EN  = 1'h1;
  assign \forkIMem_fifoRes_rv$D_IN  = \forkIMem_fifoRes_rv$port2__read ;
  assign \forkIMem_fifoRes_rv$EN  = 1'h1;
  assign core_dmem_request_put_BITS_99_TO_68_4_ULT_0x20_ETC___d15 = _25_;
  assign core_imem_request_put_ULT_0x20000000___d1 = _26_;
endmodule